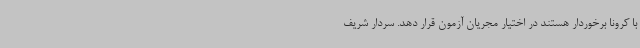
با کرونا برخوردار هستند در اختیار مجریان آزمون قرار دهد. سردار شریف